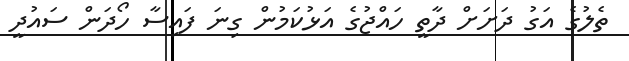
ތެލުގެ އަގު ދަށަށް ދާތީ ހައްޖުގެ އަޅުކަމުން ގިނަ ފައިސާ ހޯދަން ސައުދީ